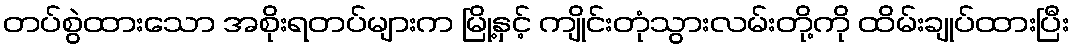
တပ်စွဲထားသော အစိုးရတပ်များက မြို့နှင့် ကျိုင်းတုံသွားလမ်းတို့ကို ထိမ်းချုပ်ထားပြီး